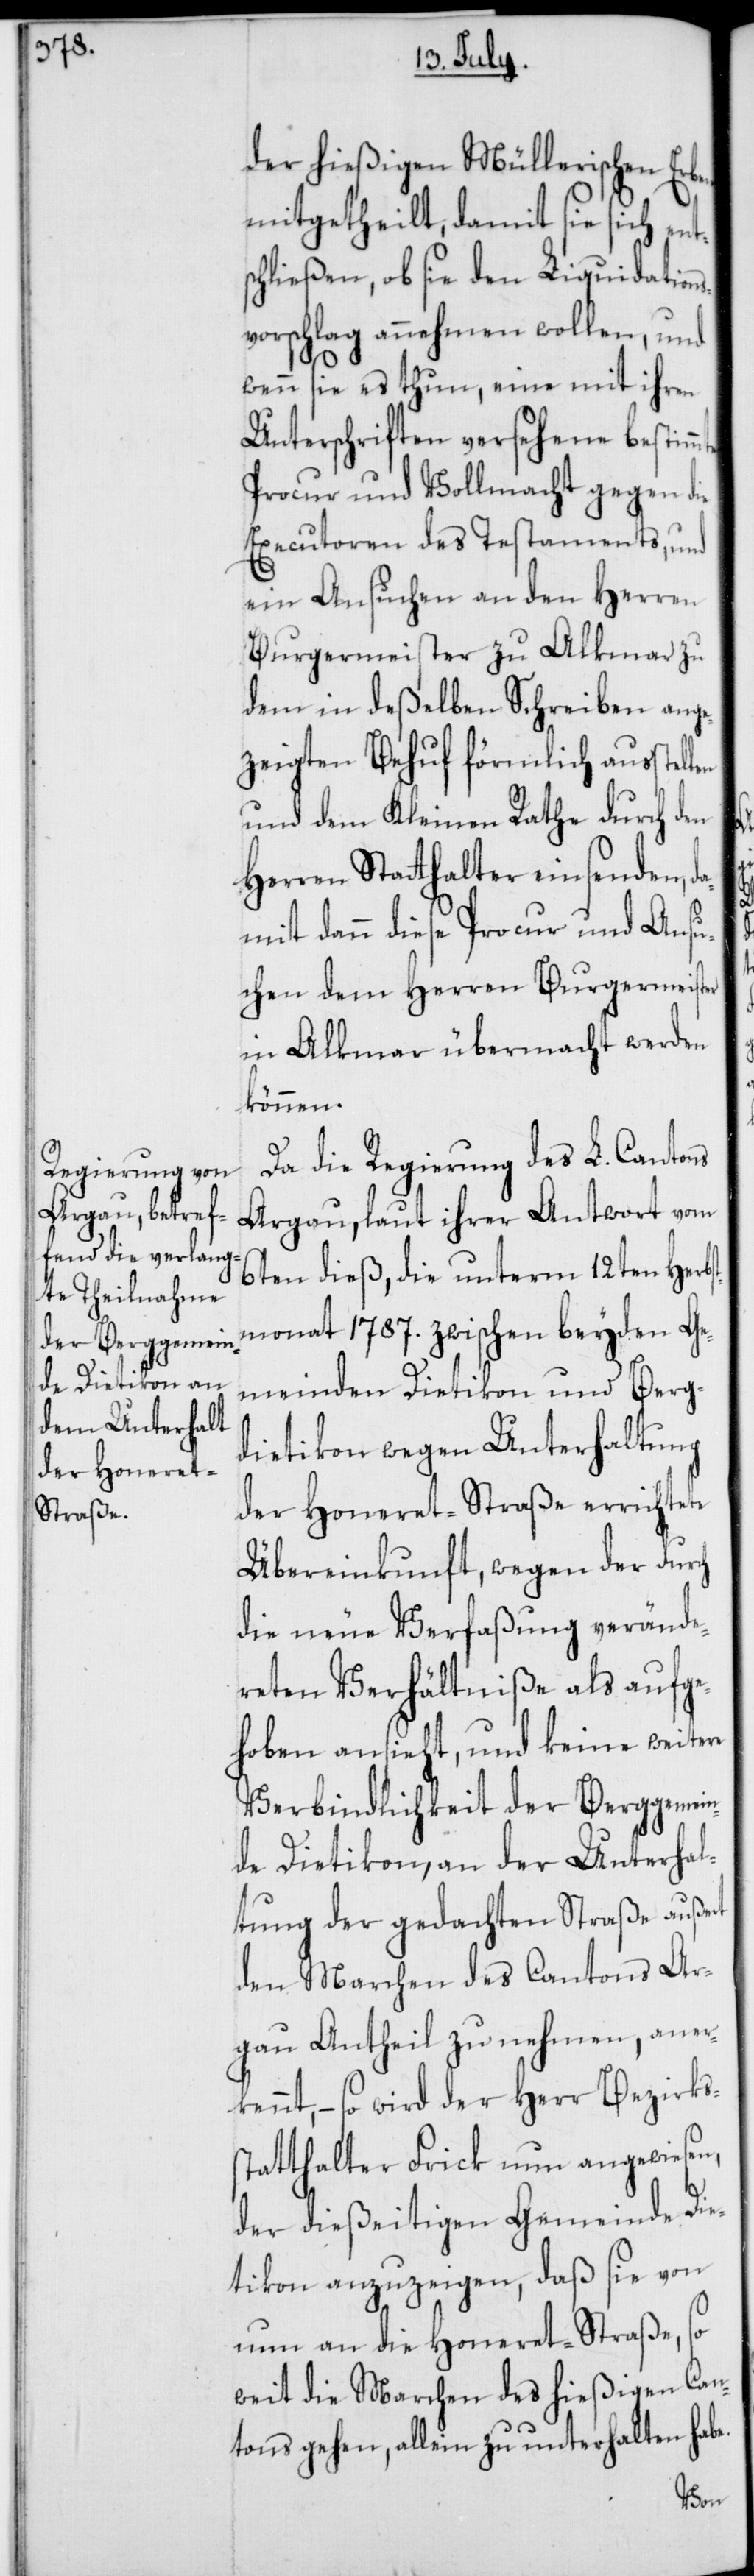
der hießigen Müllerischen Erb¬
mitgetheilt, damit sie sich ent¬
schließen, ob sie den Liquidations¬
vorschlag annehmen wollen, und
wenn sie es thun, eine mit ihren
Unterschriften versehene bestimm¬
Procur und Vollmacht gegen die
Executoren des Testaments, und
ein Ansuchen an den Herren
Burgermeister zu Alkmar zu
dem in deßelben Schreiben ange¬
zeigten Behuf förmlich ausstel¬
und dem Kleinen Rathe durch den
Herren Stathalter einsenden, d¬
amit dann diese Procur und Ansu¬
chen dem Herren Burgermeister
in Alkmar übermacht werden
können.
Da die Regierung des L. Cantons
Argau, laut ihrer Antwort vom
6ten dieß, die unterm 12ten Herbs¬
tmonat 1787. zwischen beyden Ge¬
meinden Dietikon und Berg¬
dietikon wegen Unterhaltung
der Honeret-Straße errichtete
Übereinkunft, wegen der durch
die neue Verfaßung verände¬
reten Verhältniße als aufge¬
hoben ansieht, und keine weitere
Verbindlichkeit der Berggemein¬
de Dietikon an der Unterhal¬
tung der gedachten Straße außert
den Marchen des Cantons Ar¬
gau Antheil zu nehmen, aner¬
kennt, – so wird der Herr Bezirks¬
statthalter Frick nun angewiesen,
der dießeitigen Gemeinde Die¬
tikon anzuzeigen, daß sie von
nun an die Honeret-Straße, so
weit die Marchen des hießigen Can¬
tons gehen, allein zu unterhalten habe.
len